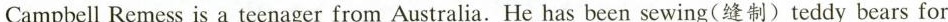
Campbell Remess is a teenager from Australia.He has been sewing(缝制)teddy bears for sick children for